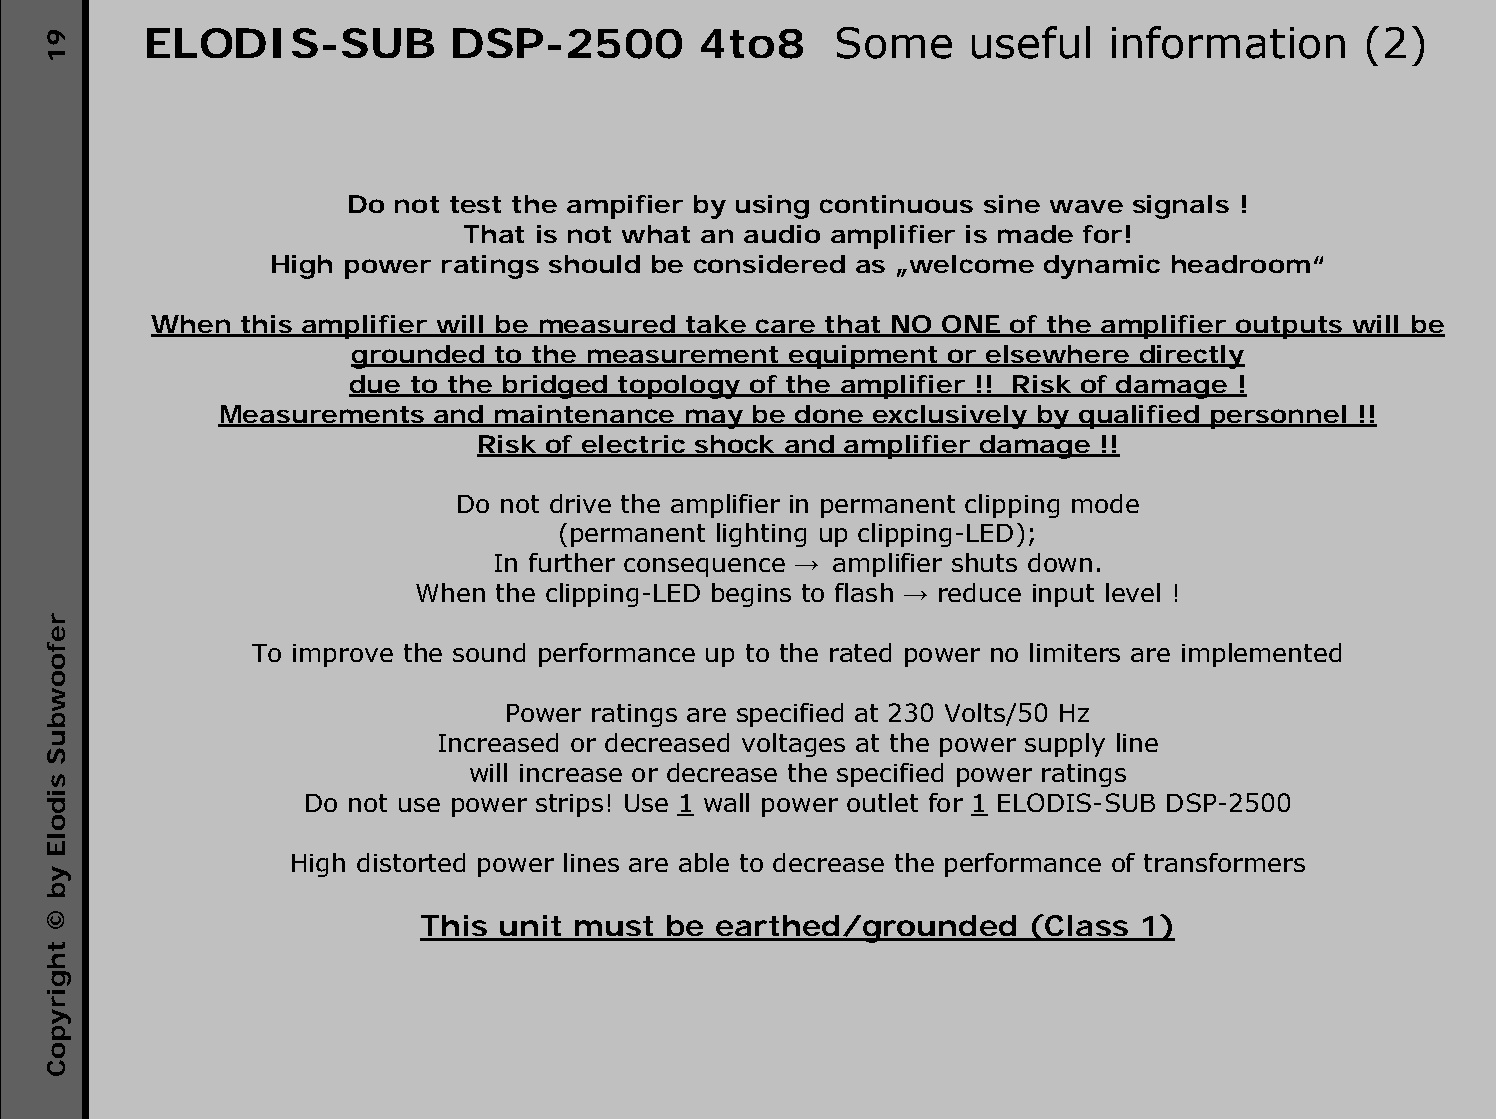
ELODIS-SUB          DSP-2500         4to8     Some     useful   information      (2)
 Do not test the ampifier by using continuous sine wave signals !
 That is not what an audio amplifier is made for!
 High power  ratings should be considered as „welcome dynamic headroom“
 When this amplifier will be measured take care that NO ONE of the amplifier outputs will be
 grounded to the measurement  equipment or elsewhere directly
 due to the bridged topology of the amplifier !! Risk of damage !
 Measurements  and maintenance  may be done exclusively by qualified personnel !!
 Risk of electric shock and amplifier damage !!
 Do not drive the amplifier in permanent clipping mode
 (permanent lighting up clipping-LED);
 In further consequence → amplifier shuts down.
 When the clipping-LED begins to flash → reduce input level !
 To improve the sound performance up to the rated power no limiters are implemented
 Power ratings are specified at 230 Volts/50 Hz
 Increased or decreased voltages at the power supply line
 will increase or decrease the specified power ratings
 Do not use power strips! Use 1 wall power outlet for 1 ELODIS-SUB DSP-2500
 High distorted power lines are able to decrease the performance of transformers
 This  unit must  be earthed/grounded     (Class 1)
 91
 refoowbuS
 sidolE
 yb
 ©
 thgirypoC